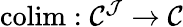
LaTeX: \operatorname{colim}:{\mathcal{C}}^{\mathcal{J}}\to{\mathcal{C}}